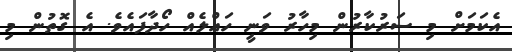
އެކަމަށް މި ސަރުކާރުން މިހާރު ވަނީ ހައްލެއް ހޯދާފައެވެ. އެ ގޮތުން މި